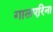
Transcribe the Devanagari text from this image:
गालएरिना